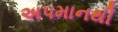
અપમાનથી